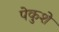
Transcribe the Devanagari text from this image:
पेकुशे